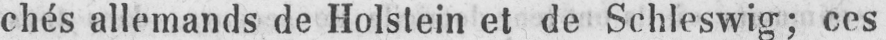
chés allemands de Holstein et de Schleswig; ces